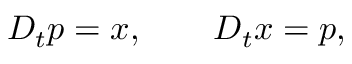
D _ { t } p = x , \qquad D _ { t } x = p ,